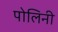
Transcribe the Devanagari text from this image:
पोलिनी